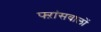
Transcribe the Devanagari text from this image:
फ्ऱांसवालों